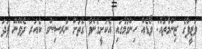
ވަޒީފާގެ ޒިންމާތައް: ވޯޑެއް ހިންގުމުގައި އެކަށީގެންވާ ގޮތަށް ނާރސިންގ ކެއަރ ދެވޭނޭ ފަދަ